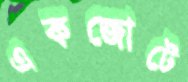
একজোটে